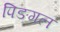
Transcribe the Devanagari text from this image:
पिङगल